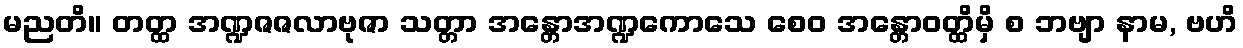
မညတိ။ တတ္ထ အဏ္ဍဇဇလာဗုဇာ သတ္တာ အန္တောအဏ္ဍကောသေ စေဝ အန္တောဝတ္ထိမှိ စ ဘဗျာ နာမ, ဗဟိ